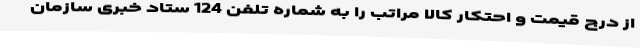
از درج قیمت و احتکار کالا مراتب را به شماره تلفن 124 ستاد خبری سازمان